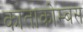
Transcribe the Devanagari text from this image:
काताकोम्बस